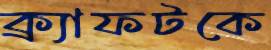
ক্র্যাফটকে